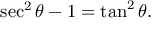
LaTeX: \sec ^ { 2 } \theta - 1 = \tan ^ { 2 } \theta .